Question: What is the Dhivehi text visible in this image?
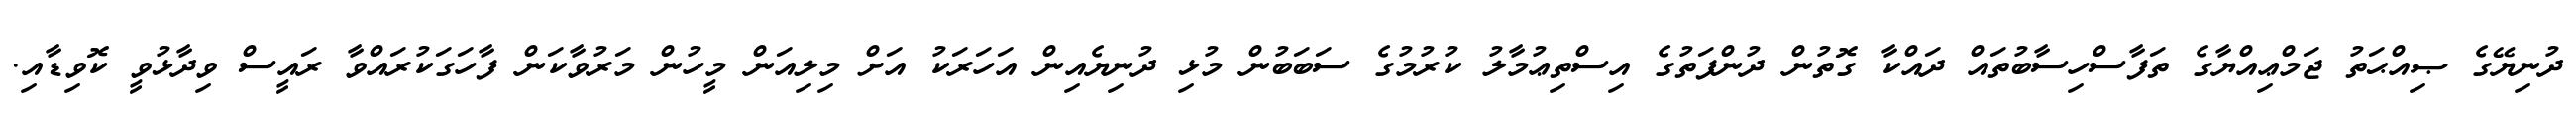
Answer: ދުނިޔޭގެ ޞިއްޙަތު ޖަމްޢިއްޔާގެ ތަފާސްހިސާބުތައް ދައްކާ ގޮތުން ދުންފަތުގެ އިސްތިޢުމާލު ކުރުމުގެ ސަބަބުން މުޅި ދުނިޔެއިން އަހަރަކު އަށް މިލިއަން މީހުން މަރުވާކަން ފާހަގަކުރައްވާ ރައީސް ވިދާޅުވީ ކޮވިޑާއި.